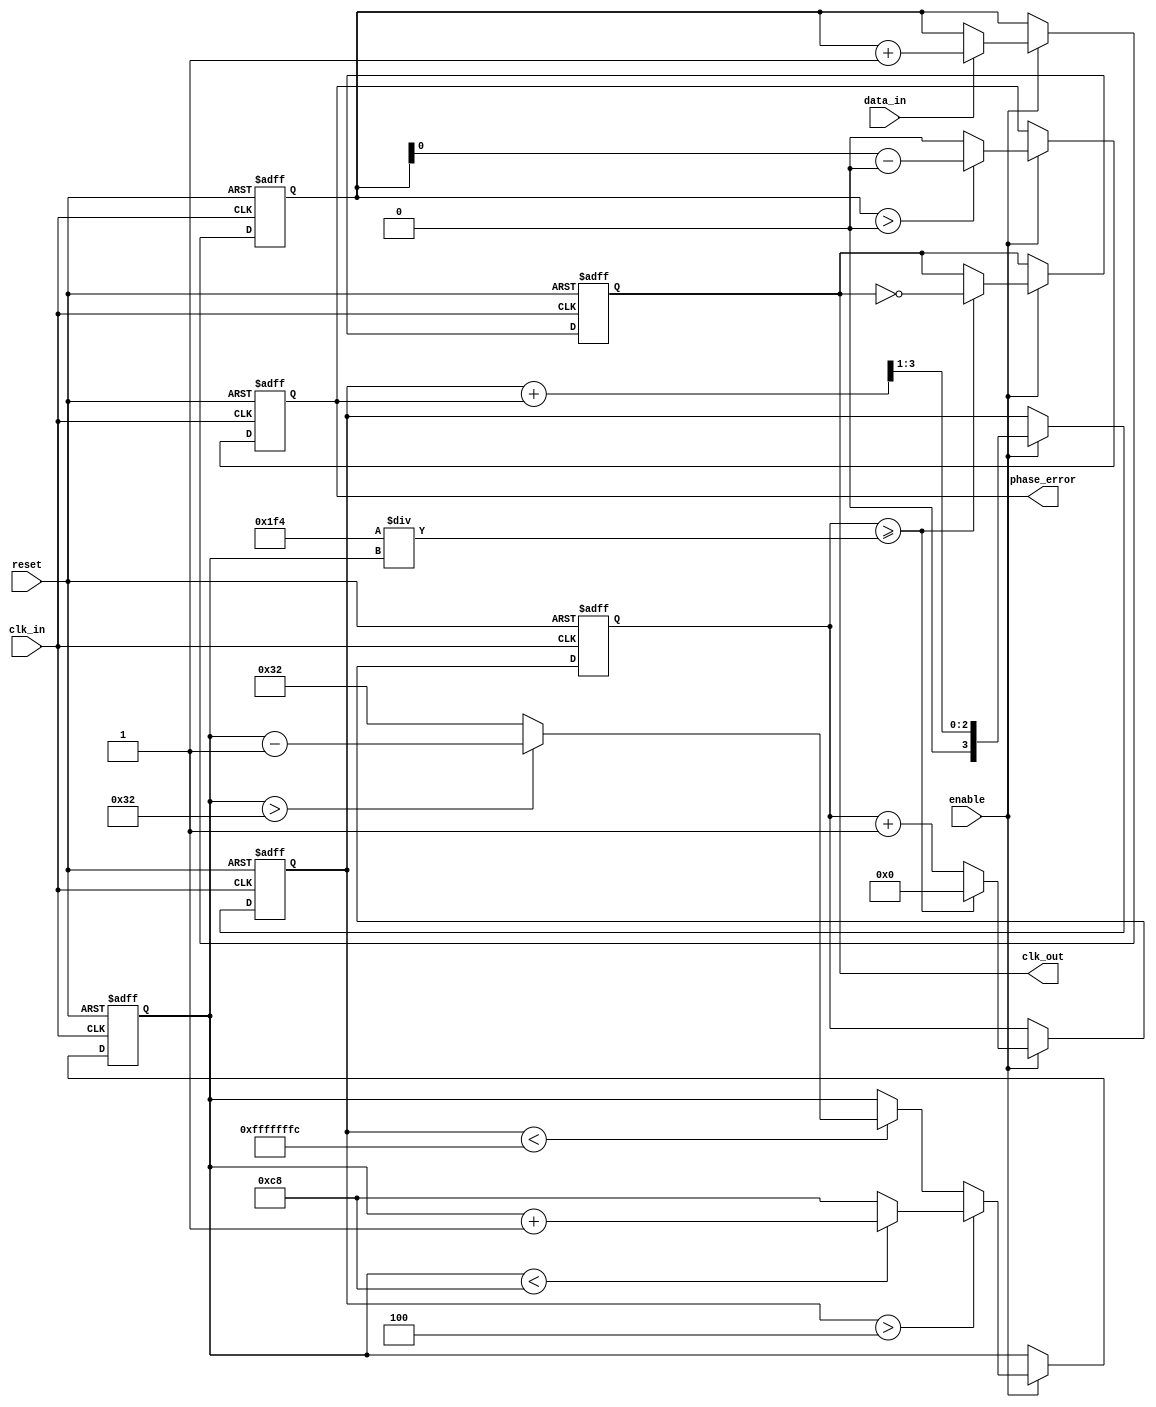
module clock_recovery_PLL (
    input wire clk_in,             // Incoming data clock
    input wire data_in,            // Incoming data stream
    output wire clk_out,           // Output recovered clock
    output wire phase_error,       // Output phase error for debugging
    input wire reset,              // Asynchronous reset
    input wire enable              // PLL enable signal
);

    // Parameters for phase detector and loop filter
    parameter PHASE_WIDTH = 4;  // Width for phase comparison
    parameter VCO_MAX_FREQ = 200; // Max VCO frequency (in MHz)
    parameter VCO_MIN_FREQ = 50;  // Min VCO frequency (in MHz)

    // Phase Detector (PD) Logic
    reg [PHASE_WIDTH-1:0] phase_count;
    reg phase_error_signal;

    // Loop Filter (LF) Logic
    reg [PHASE_WIDTH-1:0] filtered_error;
    
    // Voltage-Controlled Oscillator (VCO)
    reg [7:0] vco_frequency; // Control Voltage for VCO (8-bit)

    // Clock Generation Logic for VCO
    reg clk_vco;
    
    // Simple Memory Block to store phase history
    reg [PHASE_WIDTH-1:0] phase_memory [0:15]; // 16 entries for phase information
    integer mem_index;

    // Phase Detector Implementation
    always @(posedge clk_in or posedge reset) begin
        if (reset) begin
            phase_count <= 0;
            phase_error_signal <= 0;
        end else if (enable) begin
            // Phase comparison logic
            phase_count <= (data_in) ? phase_count + 1 : phase_count;
            phase_error_signal <= (phase_count > 0) ? (phase_count - PHASE_WIDTH) : 0;
        end
    end

    assign phase_error = phase_error_signal;

    // Loop Filter Implementation
    always @(posedge clk_in or posedge reset) begin
        if (reset) begin
            filtered_error <= 0;
        end else if (enable) begin
            // Simple first-order low-pass filter
            filtered_error <= (filtered_error + phase_error_signal) >> 1;
        end
    end

    // VCO Implementation
    always @(posedge clk_in or posedge reset) begin
        if (reset) begin
            vco_frequency <= VCO_MIN_FREQ; // Initial frequency
        end else if (enable) begin
            // Adjust VCO frequency based on filtered error
            if (filtered_error > PHASE_WIDTH)
                vco_frequency <= (vco_frequency < VCO_MAX_FREQ) ? vco_frequency + 1 : VCO_MAX_FREQ; 
            else if (filtered_error < -PHASE_WIDTH)
                vco_frequency <= (vco_frequency > VCO_MIN_FREQ) ? vco_frequency - 1 : VCO_MIN_FREQ; 
        end
    end

    // Generate output clock based on VCO frequency
    reg [31:0] clk_divider;
    always @(posedge clk_in or posedge reset) begin
        if (reset) begin
            clk_divider <= 0;
            clk_vco <= 0;
        end else if (enable) begin
            clk_divider <= clk_divider + 1;
            if (clk_divider >= (500 / vco_frequency)) begin
                clk_vco <= ~clk_vco;
                clk_divider <= 0;
            end
        end
    end

    assign clk_out = clk_vco;

    // Memory Logic
    always @(posedge clk_in or posedge reset) begin
        if (reset) begin
            mem_index <= 0;
        end else if (enable) begin
            // Store phase information in memory
            phase_memory[mem_index] <= phase_error_signal;
            mem_index <= (mem_index + 1) % 16; // Simple circular buffer
        end
    end

endmodule